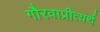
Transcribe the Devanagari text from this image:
गौरवाप्रीत्यर्थ